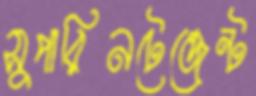
সুপারিনটেন্ডেন্ট